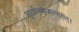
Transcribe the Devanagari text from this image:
सुरर्षभभजान्तरात्।